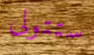
ستتولى